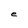
Character: e